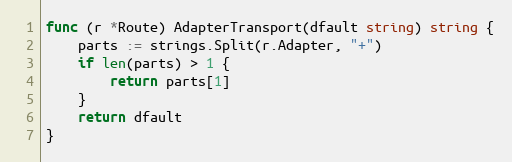
Language: Go
func (r *Route) AdapterTransport(dfault string) string {
	parts := strings.Split(r.Adapter, "+")
	if len(parts) > 1 {
		return parts[1]
	}
	return dfault
}